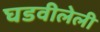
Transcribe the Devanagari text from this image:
घडवीलेली